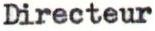
Directeur